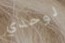
لوحدي